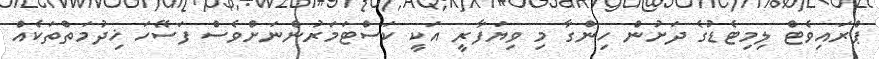
ޕްރައިވެޓް ލިމިޓެޑުގެ ދަށުން ހިންގާ މި ވިޔަފާރީ އަކީ ކަސްޓަމަރުންނަށްވެސް ފަސޭހަ ޚިދުމަތްތަކެއް